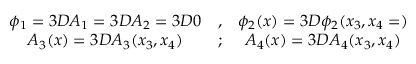
\begin{array} { c c c } { { \phi _ { 1 } = 3 D A _ { 1 } = 3 D A _ { 2 } = 3 D 0 } } & { { , } } & { { \phi _ { 2 } ( x ) = 3 D \phi _ { 2 } ( x _ { 3 } , x _ { 4 } = ) } } \\ { { A _ { 3 } ( x ) = 3 D A _ { 3 } ( x _ { 3 } , x _ { 4 } ) } } & { { ; } } & { { A _ { 4 } ( x ) = 3 D A _ { 4 } ( x _ { 3 } , x _ { 4 } ) } } \end{array}